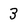
Character: 3